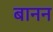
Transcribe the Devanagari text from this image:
बानन